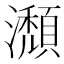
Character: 瀩